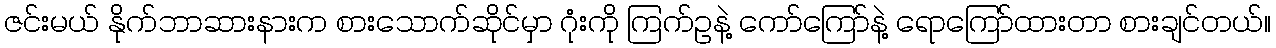
ဇင်းမယ် နိုက်ဘာဆားနားက စားသောက်ဆိုင်မှာ ဂုံးကို ကြက်ဥနဲ့ ကော်ကြော်နဲ့ ရောကြော်ထားတာ စားချင်တယ်။